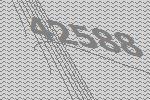
42588